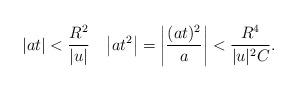
LaTeX: \begin{align*} |at|<\frac{R^2}{|u|}\quad\bigl|at^2\bigr| = \biggl|\frac{(at)^2}{a}\biggr| < \frac{R^4}{|u|^2C}.\end{align*}